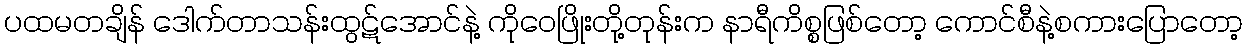
ပထမတချိန် ဒေါက်တာသန်းထွဋ်အောင်နဲ့ ကိုဝေဖြိုးတို့တုန်းက နာရီကိစ္စဖြစ်တော့ ကောင်စီနဲ့စကားပြောတော့